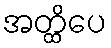
အတ္ထိပေ